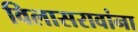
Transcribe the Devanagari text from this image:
विलासरावांना